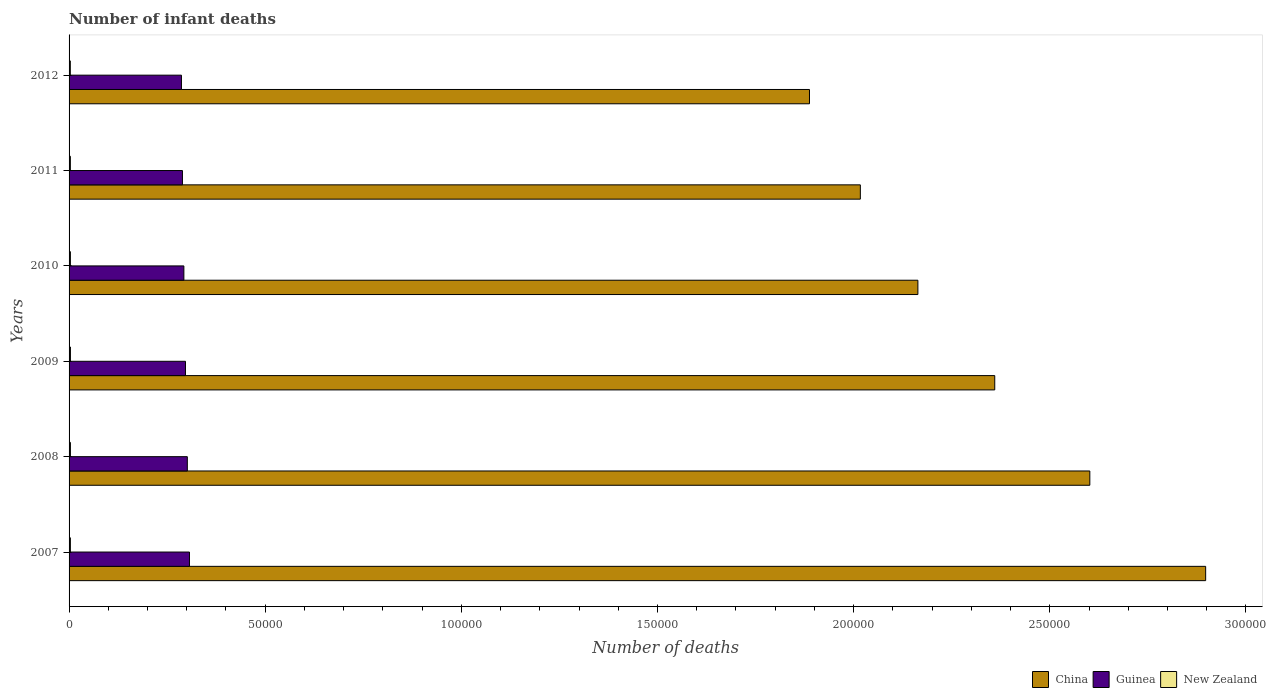
| Years | China | Guinea | New Zealand |
 | --- | --- | --- | --- |
 | 2007 | 2.9e+05 | 3.07e+04 | 335 |
 | 2008 | 2.6e+05 | 3.01e+04 | 346 |
 | 2009 | 2.36e+05 | 2.97e+04 | 347 |
 | 2010 | 2.16e+05 | 2.93e+04 | 342 |
 | 2011 | 2.02e+05 | 2.89e+04 | 333 |
 | 2012 | 1.89e+05 | 2.86e+04 | 319 |